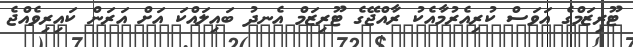
ޓޫރިޒަމްގެ އަވަސް ކުރިއެރުމާއެކު ރާއްޖޭގެ ޓޫރިޒަމް އެނދު ބައިލައްކަ އަށް އަރަން ކައިރިވެއްޖެ